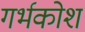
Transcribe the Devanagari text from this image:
गर्भकोश